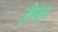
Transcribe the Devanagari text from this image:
ऱोल